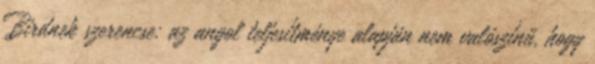
Birdnek szerencse: az angol teljesítménye alapján nem valószínű, hogy